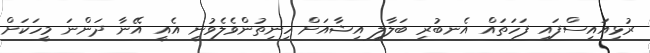
ރުޅިއައިސްފައި ފަހަތައް އެނބުރި ބަލާލި އިޝާއަށް ހިނިތުންވެލެވުނީ އެއީ އޭނާ ދަންނަ މީހަކަށް